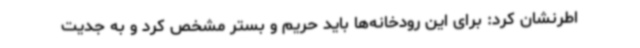
اطرنشان کرد: برای این رودخانه‌ها باید حریم و بستر مشخص کرد و به جدیت